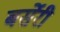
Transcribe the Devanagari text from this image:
बर्सेरी